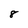
Character: 8